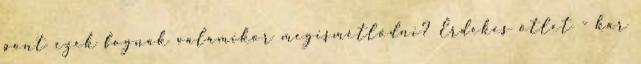
pont ezek fognak valamikor megismétlődni? Érdekes ötlet - kár